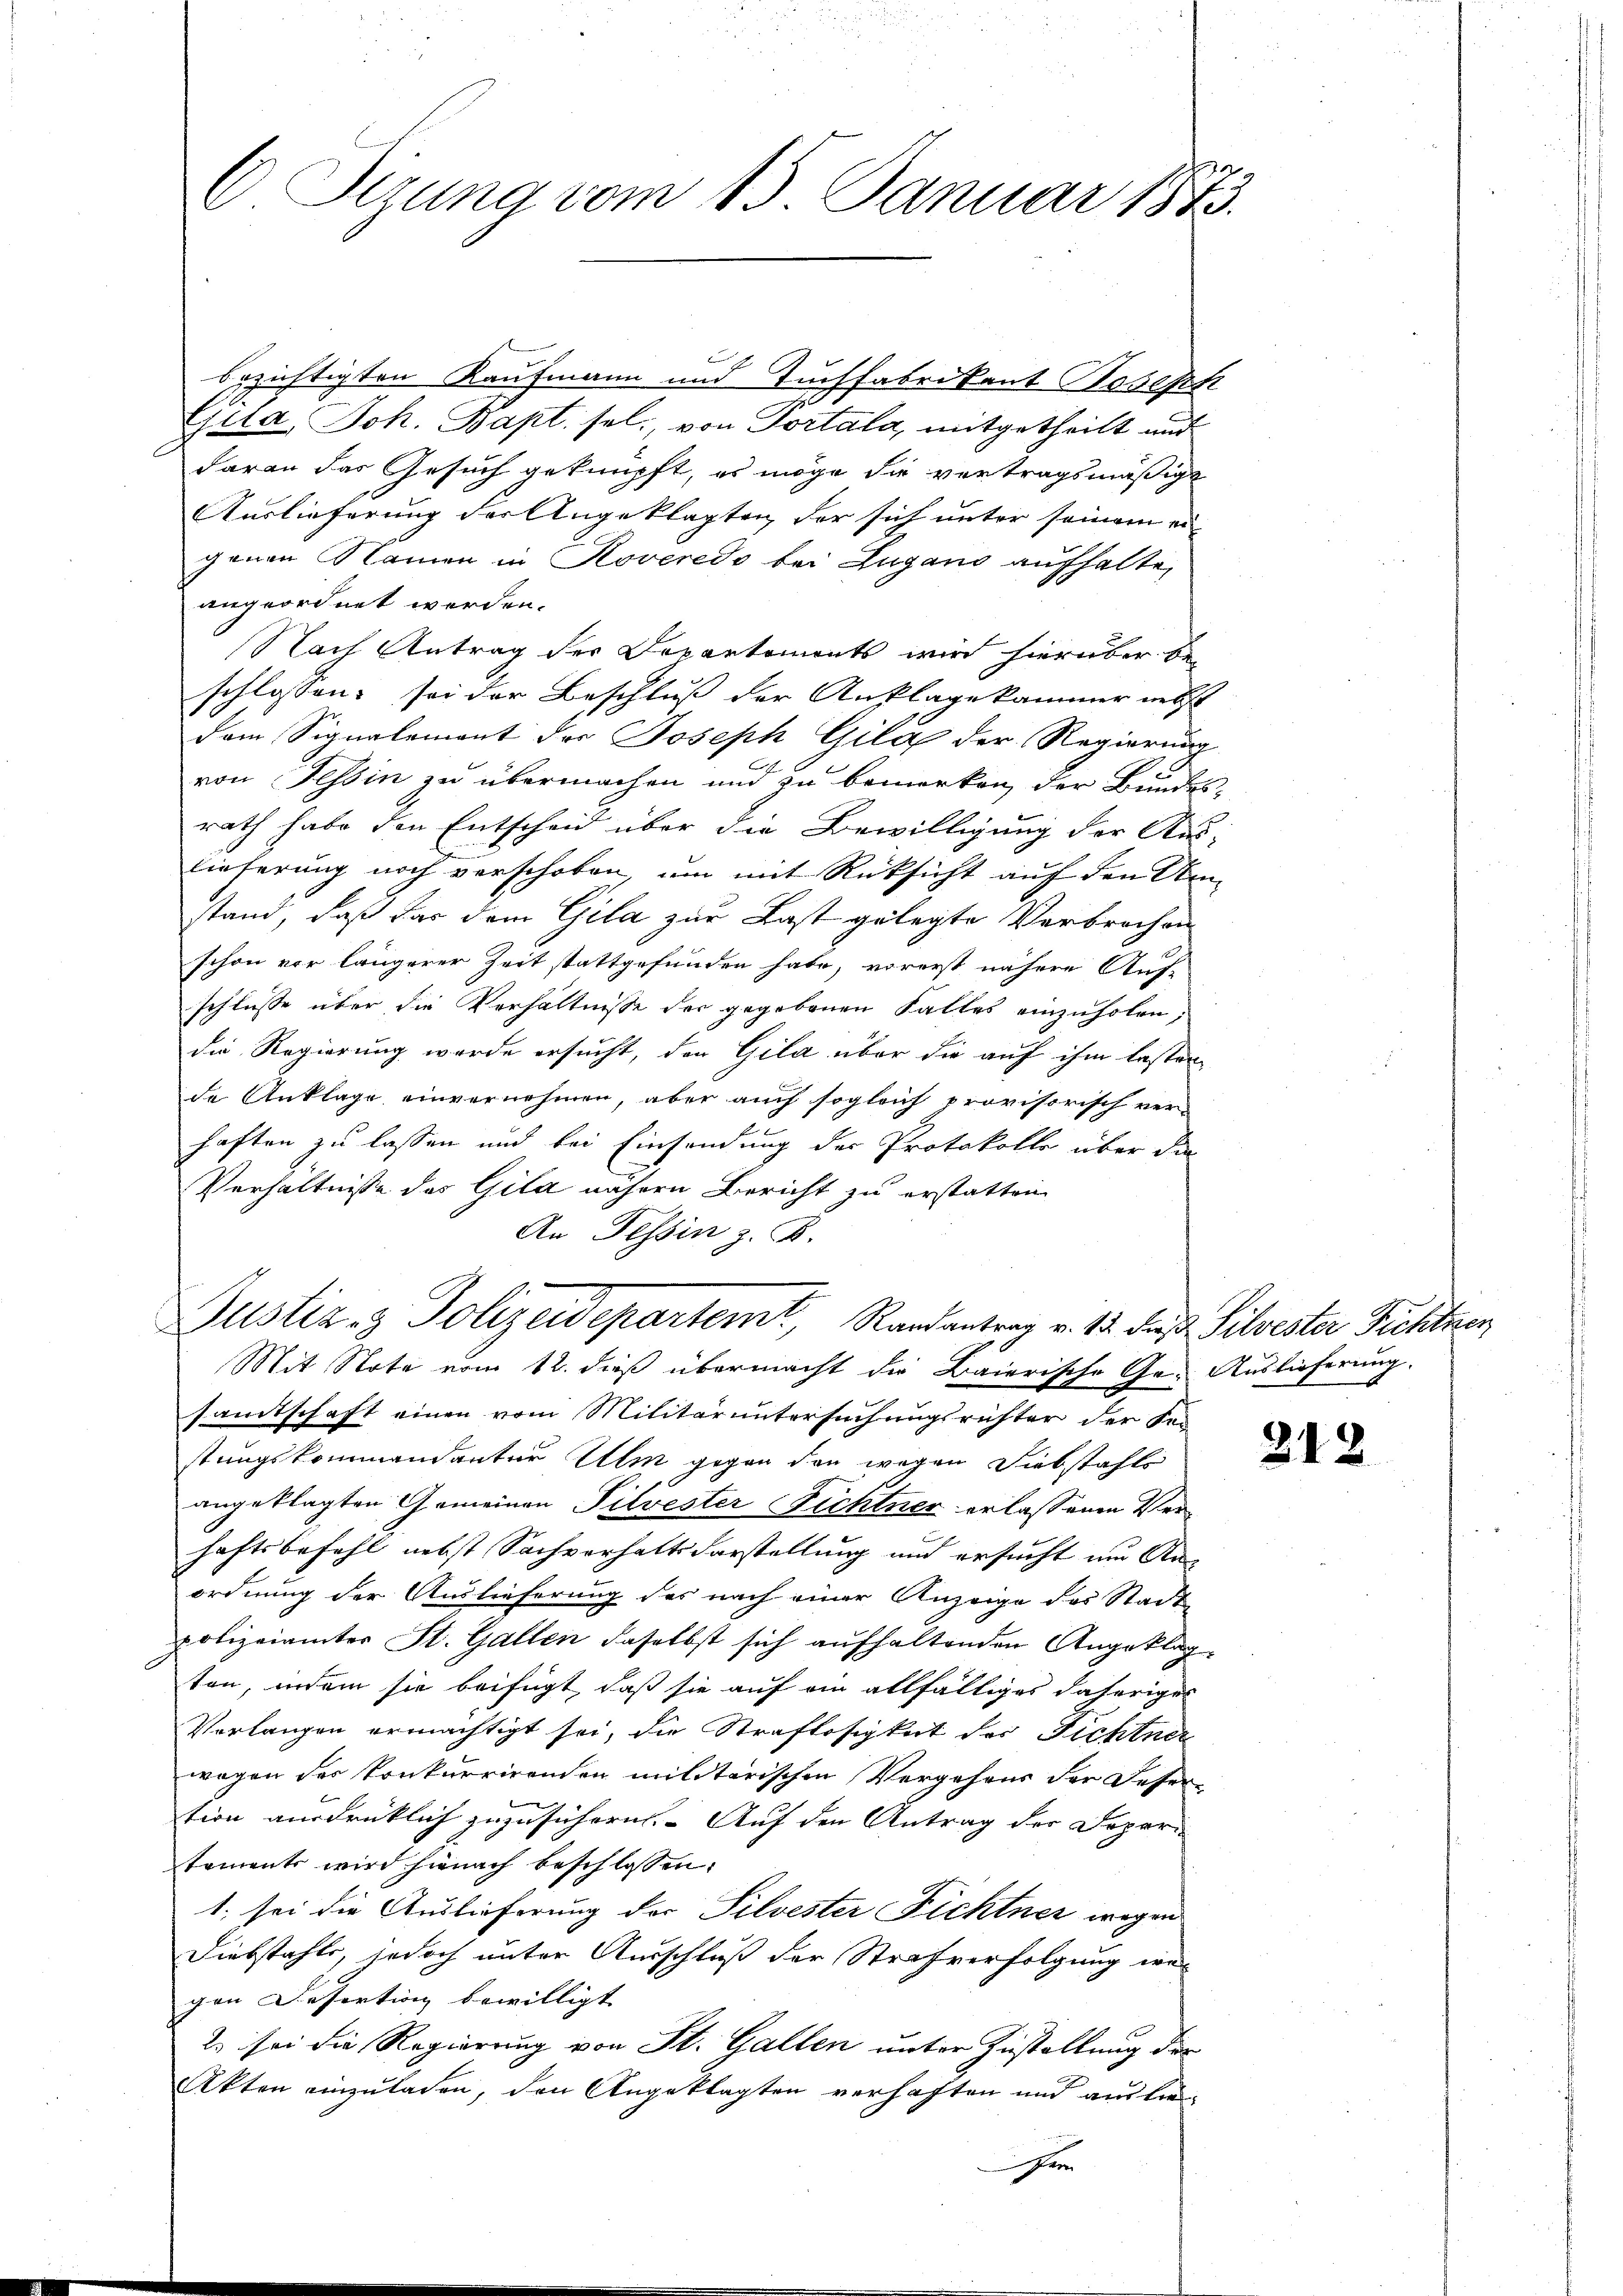
O Sizung vom 15. Januar 1873.

bezichtigten Kaufmann und Tuchfabrikant Joseph
e
jua, Joh. Bapt. sel., von Portala, mitgetheilt und
daran das Gesuch geknüpft, es möge die vertragsmäßige
Auslieferung der Angeklagten der sich unter seinem ei-
genen Namen in Roveredo bei Lugano aufhalte,
angeordnet werden.
Nach Antrag der Departements wird hierüber be-
schlossen: sei der Beschluß der Anklagekammer nebst
dam Signalement der Joseph Gila der Regierung
von Tessin zu übermachen und zu bemerken, der Bundesrath habe den Entscheid über die Bewilligung der Aus-
lieferung noch verschoben, um mit Rücksicht auf den Umstand, daß das dem Gila zur Last gelegte Verbrechen
schon vor längerer Zeit stattgefunden habe, vorerst nähere Auf-
schlüsse über die Verhältnisse der gegebenen Falles einzuholen,
die Regierung werde ersucht, den Gila über die auf ihm besten
de Anklage einvernehmen, aber auch sogleich provisorisch ver-
haften zu lassen und bei Einsendung der Protokolle über die
Verhältnisse des Gila nähern Bericht zu erstatten
An Tessin z. B.
Justiz- & Polizeidepartemt, Randantrag v. 12. Jan. Silvester Fichtver
Mit Note vom 12. dieß übermacht die Baierische Ge- Auslieferung.
samtschaft einen vom Militäruntersuchungsrichter der Sei
stungskommendanter Ulm gegen den wegen Siebstahls
angeklagten Gemeinen Pilvester Fichtner erlassenen Ver-
haftsbefehl nebst Sachverhalt darstellung und ersucht um Anordnung der Auslieferung des nach einer Anzeige des Stadt-
polizeiamter St. Gallen daselbst sich aufhaltenden Angeklagten, indem sie beifügt, daß sie auf ein allfälliges daheriges
Vorlangen ermächtigt sei, die Straflosigkeit der Fichtner
wegen des Konkurrirenden militarischen Vergehens der Deser-
tion ausdrüklich zuzusichern. Auf den Antrag der Depari
taments wird hienach beschlossen:
1. sei die Auslieferung der Silvester Fichtner wegen
Diebstahls, jedoch unter Ausschluß der Strafverfolgung we-
gen Desortion bewilligt |
2. sei die Regierung von St. Gallen unter Zustellung der
Akten einzuladen, den Angeklagten verhaften und auslie
e

212